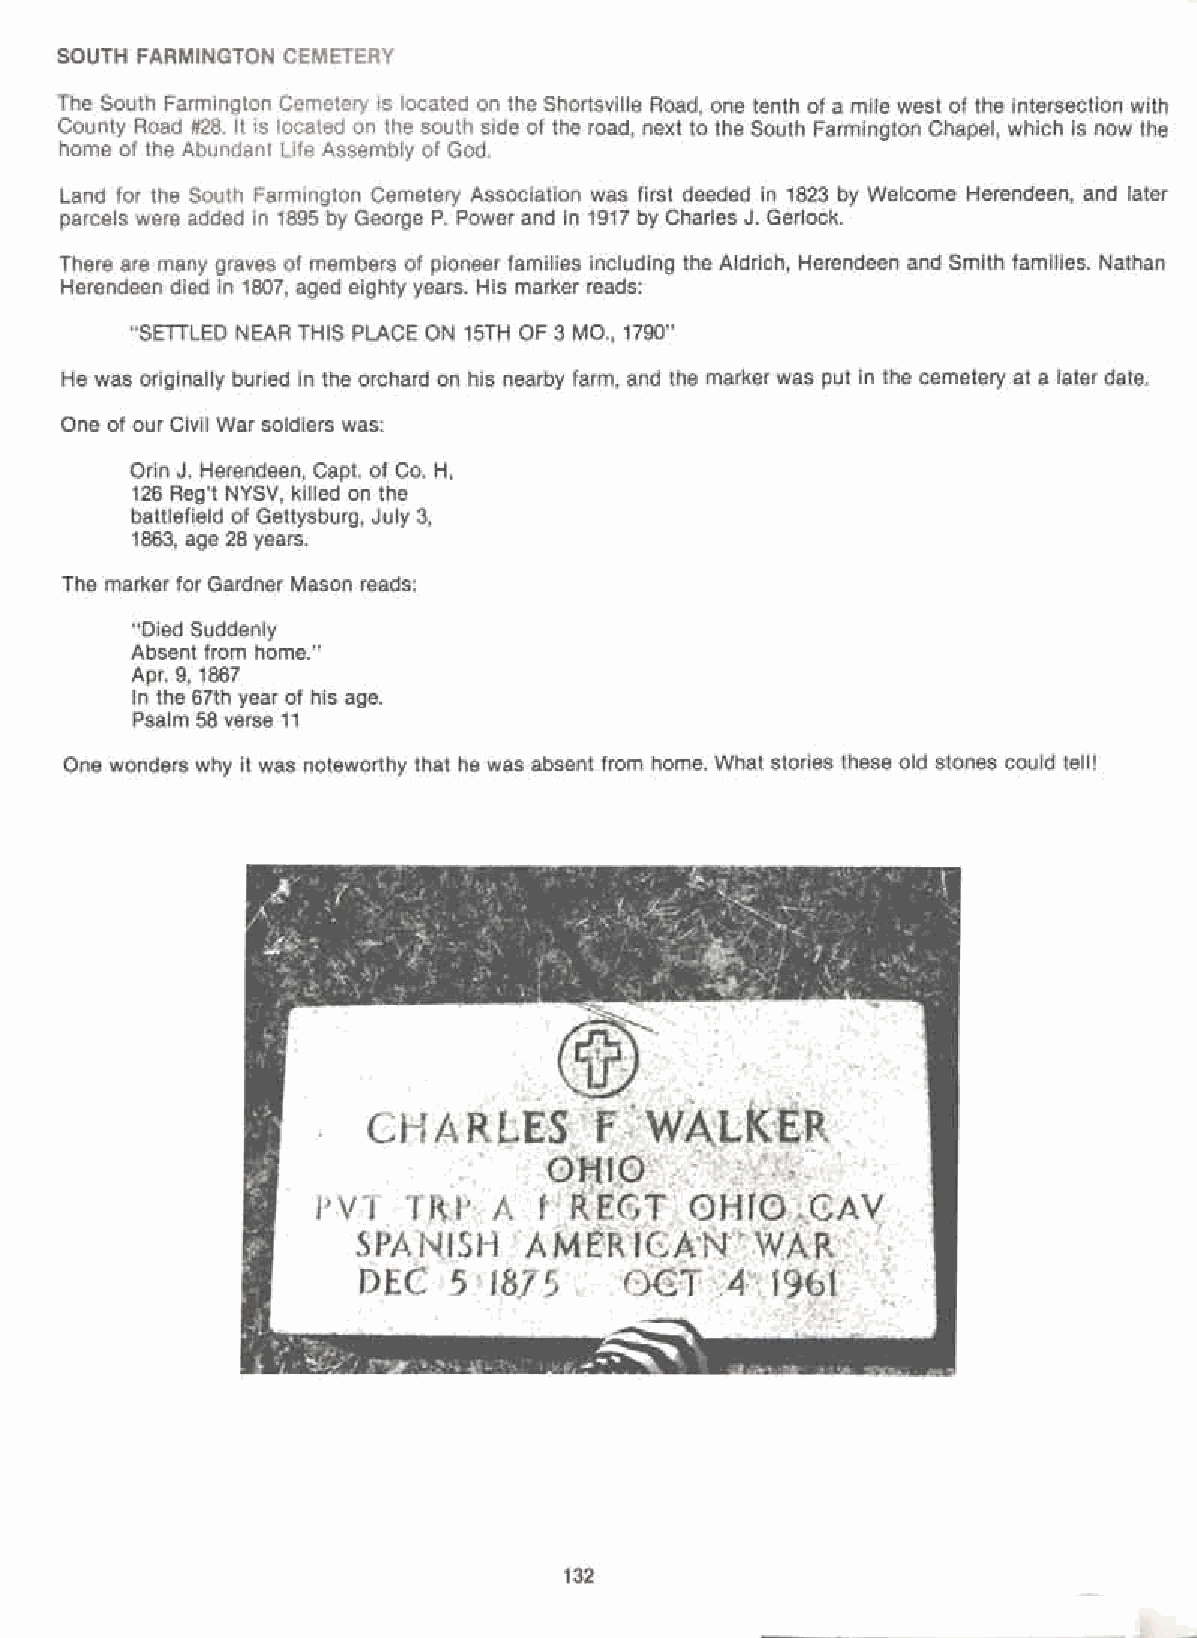
SOUTH FARMINGTON CEMETERY
 The South Farmington Cemetery is located on the Shortsville Road, one tenth of a mile west of the intersection with
 County Road #28. It is located on the south side of the road, next to the South Farmington Chapel, which is now the
 home of the Abundant Life Assembly of God.
 Land for the South Farmington Cemetery Association was first deeded in 1823 by Welcome Herendeen, and later
 parcels were added in 1895 by George P. Power and in 1917 by Charles J. Gerlock.
 There are many graves of members of pioneer families including the Aldrich, Herendeen and Smith families. Nathan
 Herendeen died in 1807, aged eighty years. His marker reads:
 "SETILED NEAR THIS PLACE ON 15TH OF 3 MO., 1790"
 He was originally buried in the orchard on his nearby farm, and the marker was put in the cemetery at a later date.
 One of our Civil War soldiers was:
 Orin J. Herendeen, Capt. of Co. H,
 126 Reg't NYSV, killed on the
 battlefield of Gettysburg, July 3,
 1863, age 28 years.
 The marker for Gardner Mason reads:
 "Died Suddenly
 Absent from home."
 Apr. 9, 1867
 In the 67th year of his age.
 Psalm 58 verse 11
 One wonders why it was noteworthy that he was absent from home. What stories these old stones could tell!
 132